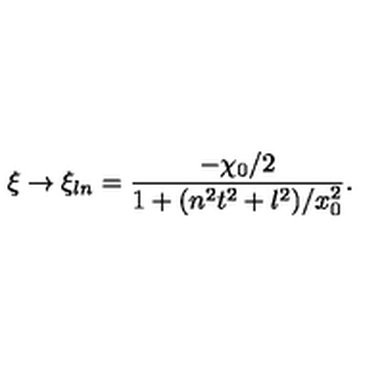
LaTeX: \xi \to \xi _ { l n } = \frac { - \chi _ { 0 } / 2 } { 1 + ( n ^ { 2 } t ^ { 2 } + l ^ { 2 } ) / x _ { 0 } ^ { 2 } } .